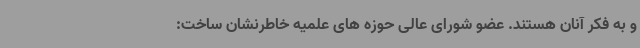
و به فکر آنان هستند. عضو شورای عالی حوزه های علمیه خاطرنشان ساخت: